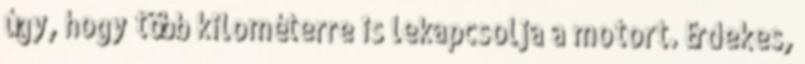
úgy, hogy több kilométerre is lekapcsolja a motort. Érdekes,